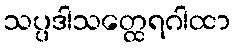
သပ္ပဒါသတ္ထေရဂါထာ